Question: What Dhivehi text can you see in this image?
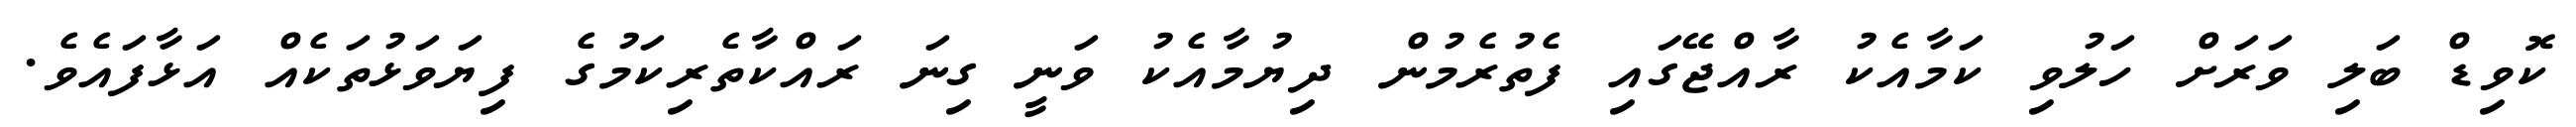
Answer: ކޮވިޑް ބަލި ވަރަށް ހަލުވި ކަމާއެކު ރާއްޖޭގައި ފެތުރެމުން ދިޔުމާއެކު ވަނީ ގިނަ ރައްކާތެރިކަމުގެ ފިޔަވަޅުތަކެއް އަޅާފައެވެ.